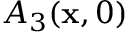
A _ { 3 } ( \mathbf { x } , 0 )